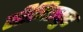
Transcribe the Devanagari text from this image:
सीबिस्कुट